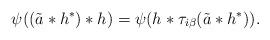
LaTeX: \begin{align*} \psi(( \tilde{a}*h^*)*h)=\psi(h*\tau_{i\beta}( \tilde{a}*h^*)).\end{align*}